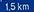
1.5km